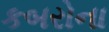
કબરોના